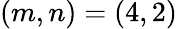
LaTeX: (m,n)=(4,2)